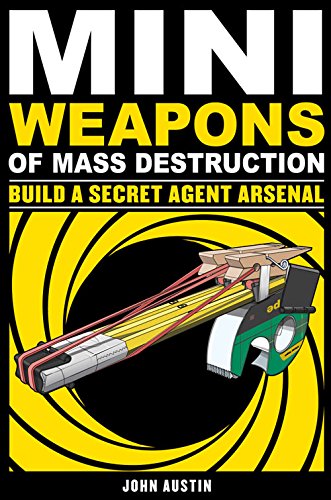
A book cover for Mini Weapons of Mass Destruction 2: Build a Secret Agent Arsenal; John Austin; Science & Math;